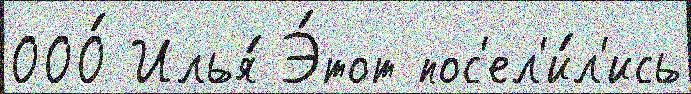
ООО́ Илья́ Э́тот пос'ел'и́л'ись